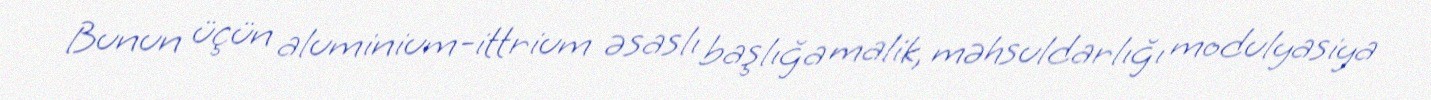
Bunun üçün aluminium-ittrium əsaslı başlığa malik, məhsuldarlığı modulyasiya